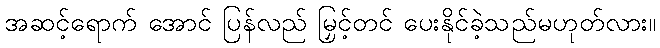
အဆင့်ရောက် အောင် ပြန်လည် မြှင့်တင် ပေးနိုင်ခဲ့သည်မဟုတ်လား။